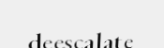
deescalate